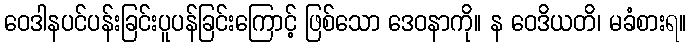
ဝေဒါနပင်ပန်းခြင်းပူပန်ခြင်းကြောင့် ဖြစ်သော ဒေဝနာကို။ န ဝေဒိယတိ၊ မခံစားရ။